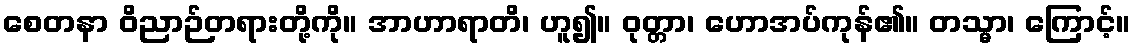
စေတနာ ဝိညာဉ်တရားတို့ကို။ အာဟာရာတိ၊ ဟူ၍။ ဝုတ္တာ၊ ဟောအပ်ကုန်၏။ တသ္မာ၊ ကြောင့်။